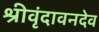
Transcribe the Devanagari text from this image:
श्रीवृंदावनदेव